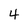
Character: 4